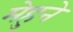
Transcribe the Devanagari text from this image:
मेहुने